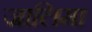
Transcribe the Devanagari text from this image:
जालिमा